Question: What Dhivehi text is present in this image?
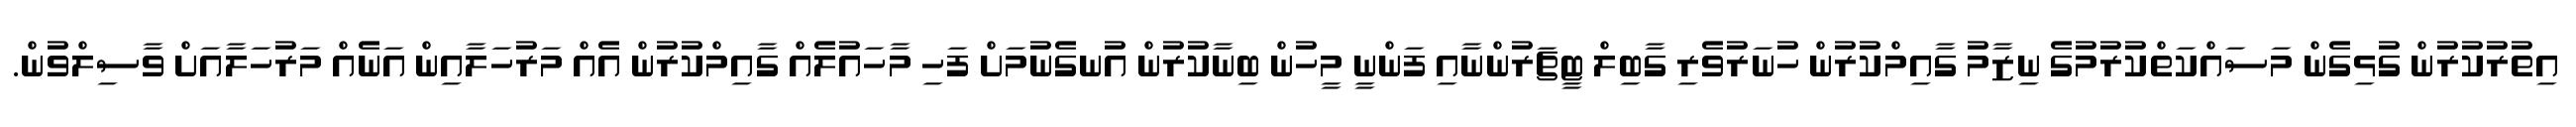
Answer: އިތުރުކުރުން ގުޅިގެން މަސައްކަތްކުރުމުގެ ނިޒާމު ގާއިމްކުރުން ހުނަރުވެރި ގާބިލް ޓީޗަރުންނާއި ފަންނީ މީހުން ބިނާކުރުން އުނގެނުމަށް ފަހި މާހައުލެއް ގާއިމްކުރުން އެއް މަރުހަލާއިން އަނެއް މަރުހަލާއަށް ވާސިލްވުން.